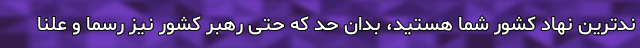
ندترین نهاد کشور شما هستید، بدان حد که حتی رهبر کشور نیز رسماً و علناً